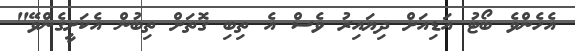
އެހެންވެ ބޯޓު އަޑިއަށް ދިޔައިރު ވެސް އެ ތިބި ގޮތަށް ތިބުން އެކަށީގެންވޭ"